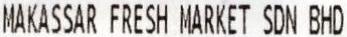
MAKASSAR FRESH MARKET SDN BHD